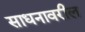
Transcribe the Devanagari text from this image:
साधनावरील